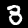
Digit: 3